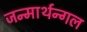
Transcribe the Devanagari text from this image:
जन्मार्थन्गल